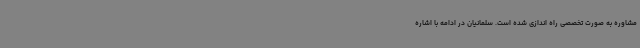
مشاوره به صورت تخصصی راه اندازی شده است. سلمانیان در ادامه با اشاره